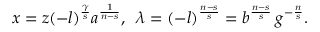
x = z ( - l ) ^ { \frac { \gamma } { s } } a ^ { \frac { 1 } { n - s } } , \, \, \, \lambda = ( - l ) ^ { \frac { n - s } { s } } = b ^ { \frac { n - s } { s } } \, g ^ { - \frac { n } { s } } .